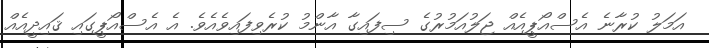
އަމަލު ކުރާނެ އެސްއޯޕީއެއް ޖަލުއަމުރުގެ ސިފައިގާ އާންމު ކުރެވިފައިވެއެވެ. އެ އެސްއޯޕީގައި ޤައިދީއެއް